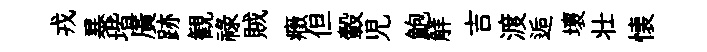
戎暴堦廣跡観禄賊癥但轂児鮑觧吉渡逅壞壮懐